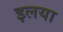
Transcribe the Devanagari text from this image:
इलया